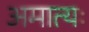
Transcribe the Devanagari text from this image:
अमात्यः